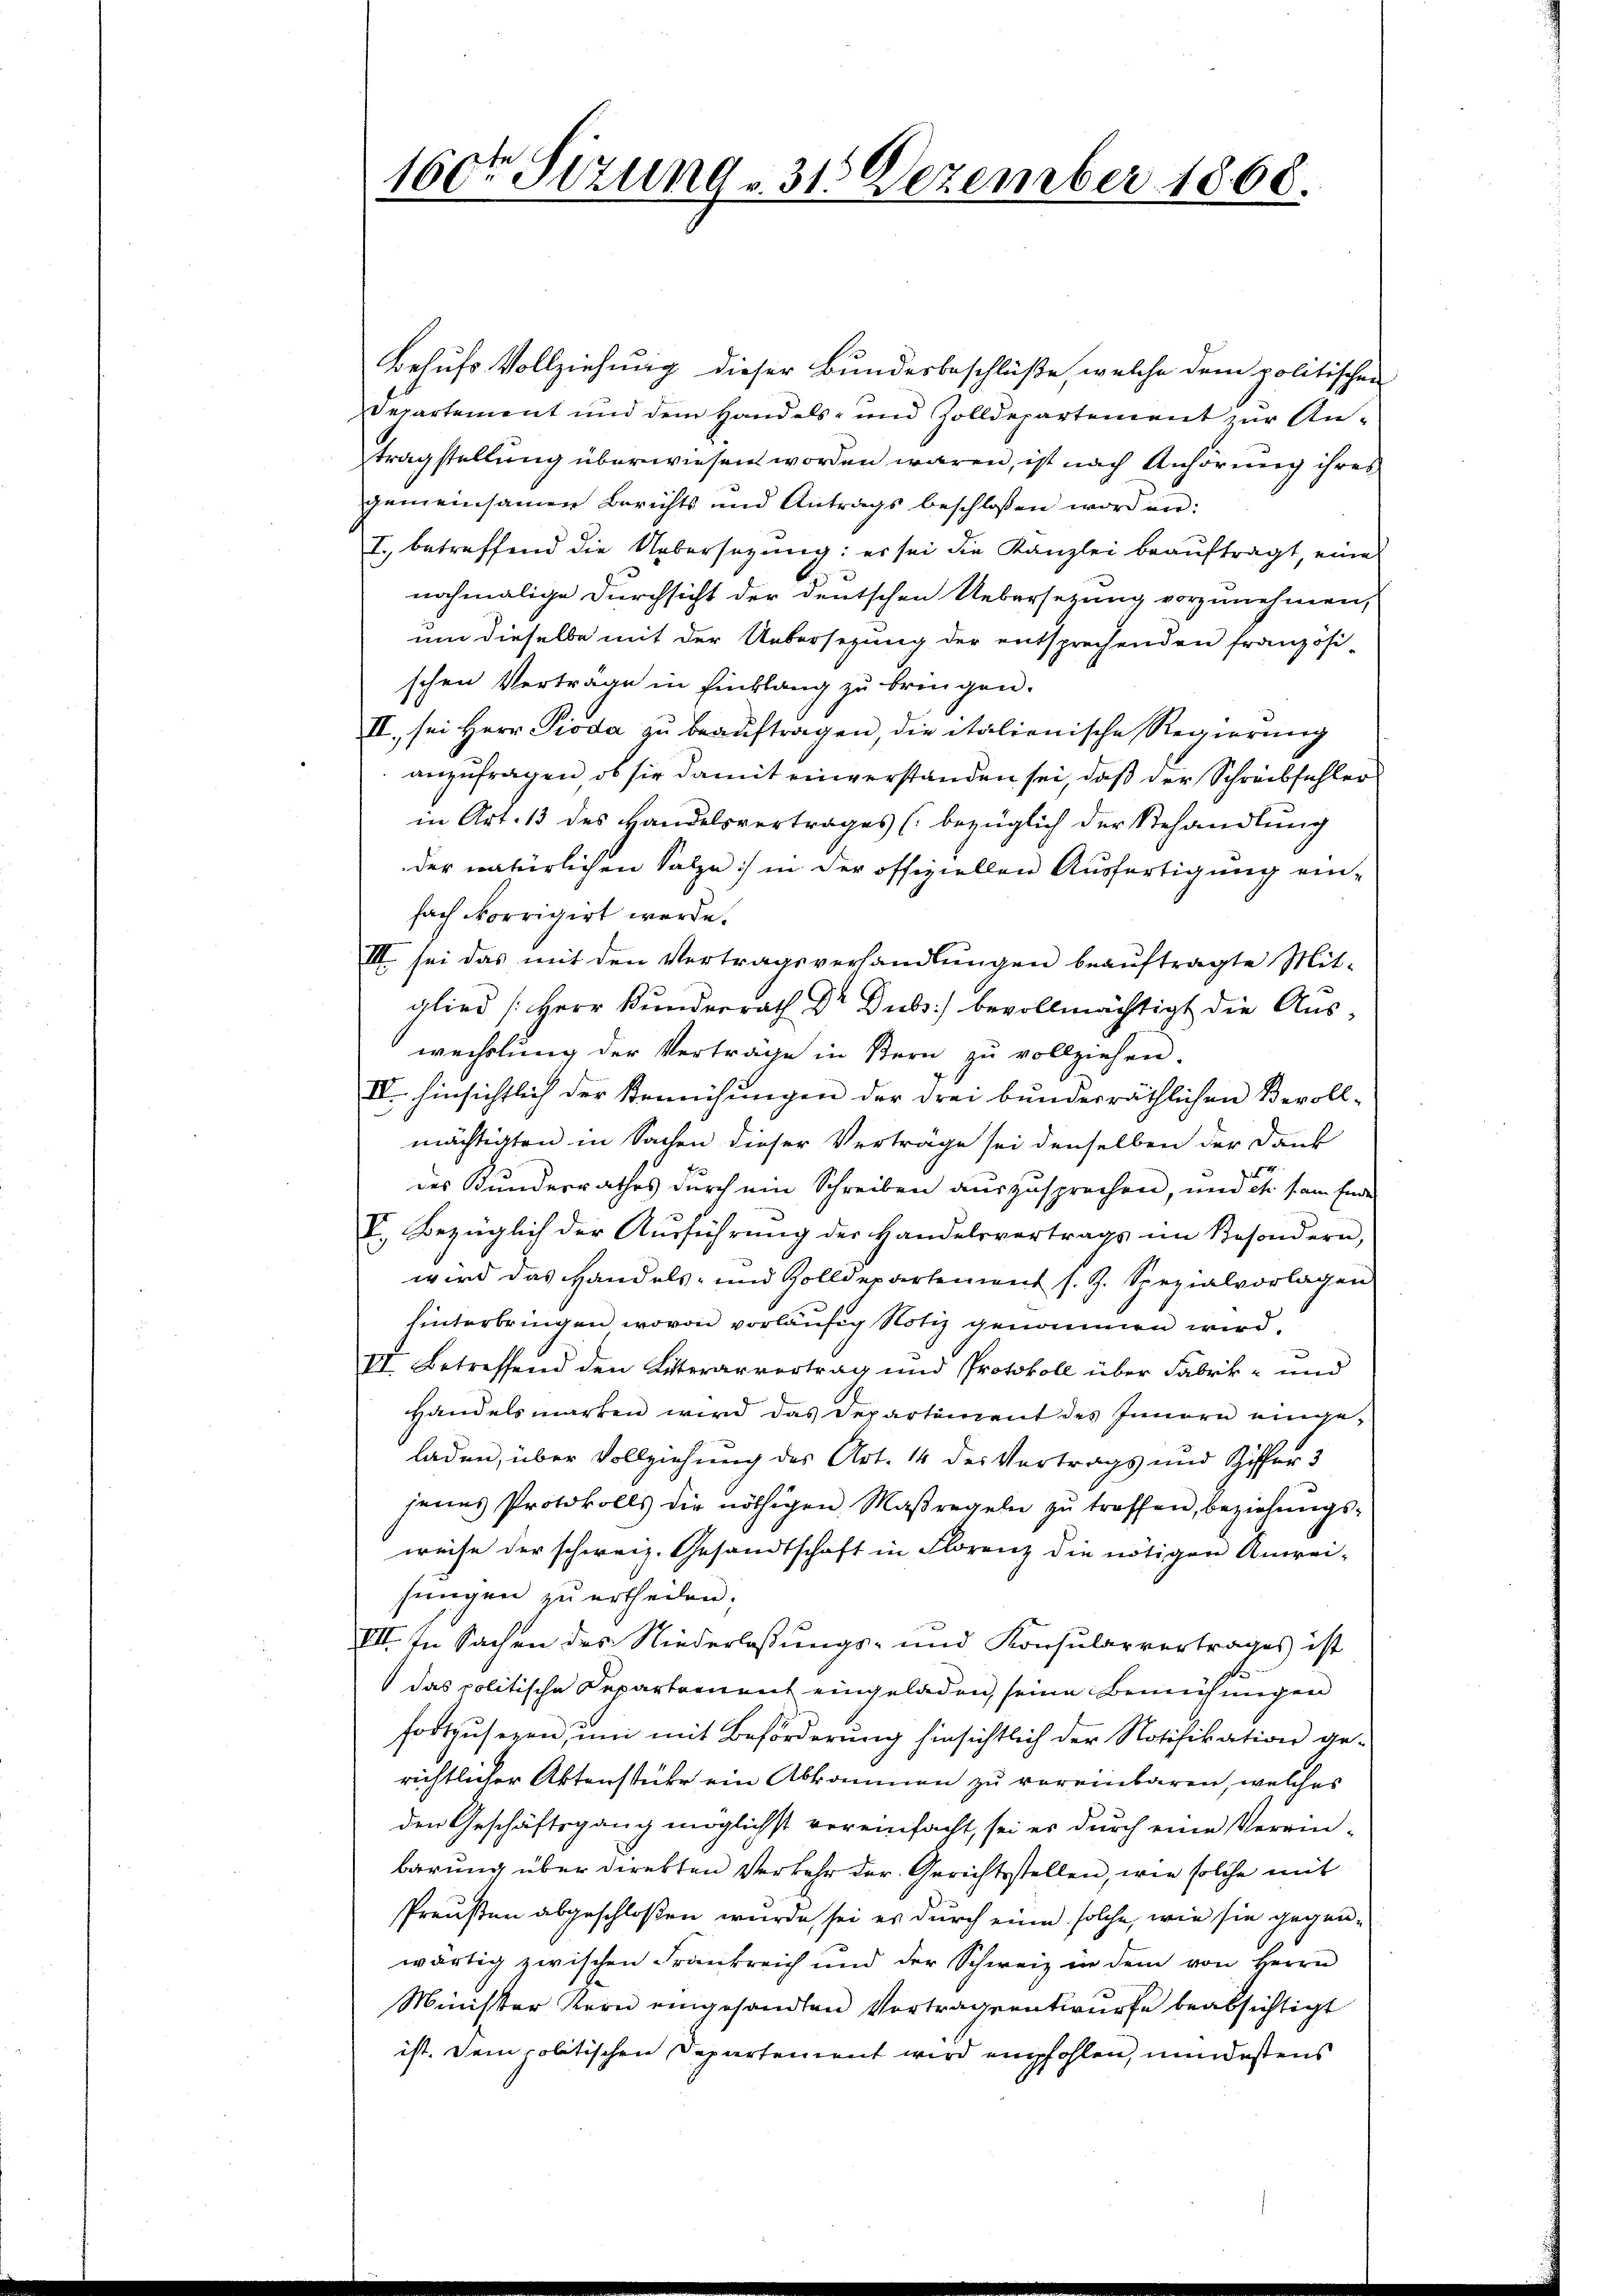
160ten Sitzung v. 315 Dezember 1868.

Behufs Vollziehung dieser Bundesbeschlüße, welche dem politischen
Departement und dem Handels- und Zolldepartement zur Antragstellung überwiesen worden wären, ist nach Anhörung ihres
gemeinsamen Berichts und Antrags beschlossen worden:
I. betreffend die Uebersetzung: es sei die Kanzlei beauftragt, eine
nochmalige Durchsicht der deutschen Uebersezung vorzunehmen,
um dieselbe mit der Uebersezung der entsprechenden französi
schen Vertrage in Einklang zu bringen.
II., sei Herr Pioda zu beauftragen, die italienische Regierung
anzufragen, ob sie damit einverstanden sei, daß der Schreibfehler
in Art. 13 des Handelsvertrages (bezüglich der Behandlung
der natürlichen Salze :/ in der offiziellen Ausfertigung einfach corrigirt werde.
III sei das mit den Vertragsverhandlŭngen beaŭftragte Mit-
glied [Herr Bunderrath Dr Subs) bevollmächtigt die Auswechslung der Vertrage in Stern zu vollziehen.
IV. hinsichtlich der Remichungen der drei bunderräthlichen Bevoll-
mächtigten in Sachen dieser Verträge sei denselben der Dank
des Kundesrathes durch ein Schreiben auszusprechen, und es am Ende
V. Bezüglich der Aŭsführŭng der Handelsvertrags im Besondern,
wird das Handels- und Zolldepartement s. Z. Spezialvorlagen
hinterbringen, wovon vorläufig Notiz genommen wird,
VI. Betreffend den Literarvertrag und Protokoll über Fabrik- und
Handelsmarken wird das Departement des Innern eingeladen, über Vollziehung des Art. 14 des Vertrags und Ziffer 3
senes Protokolls die nöthigen Maßregeln zŭ treffen, beziehŭngs-
weise der schweiz. Gesandtschaft in Florenz die nötigen Anwei-
sungen zu ertheilen.
VII. In Sachen des Niederlassungs- und Konsularvertrages ist
das politische Departement eingeladen, seine Bemühungen
fortzusezen, um mit Beförderung hinsichtlich der Notifikation gerichtlicher Aktenstüke ein Abkommen zu vereinbaren, welches
den Geschäftsgang möglichst vereinfacht, sei er durch eine Verein-
barung über direkten Verkehr der Gerichtsstellen, wie solche mit
Preußen abgeschloßen wurde, sei es durch eine solche, wie sie gegenwärtig zwischen Frankreich und der Schweiz in dem von Herrn
Minister Kern eingesandten Vortrageantwurfe beabsichtigt
ist. Dem politischen Departement wird empfohlen, mindestens